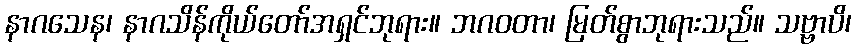
နာဂသေန၊ နာဂသိန်ကိုယ်တော်အရှင်ဘုရား။ ဘဂဝတာ၊ မြတ်စွာဘုရားသည်။ သဗ္ဗာပိ၊